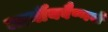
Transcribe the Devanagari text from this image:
मार्गीयवैष्णवों